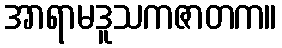
အာရာမဒူသကဇာတက။